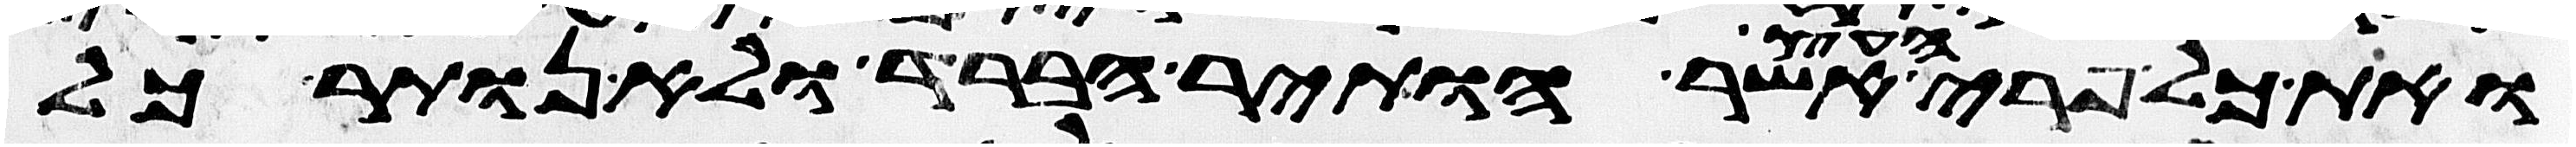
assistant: ואת כל פרי העץ אשר הותיר הברד ולא נותר כל